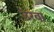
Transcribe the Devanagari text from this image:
उरवा